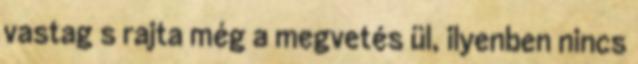
vastag s rajta még a megvetés ül, ilyenben nincs